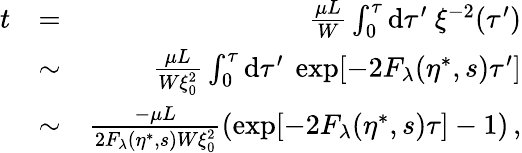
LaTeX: \begin{array}{rlr}{t}&{=}&{\frac{\mu L}{W}\int_{0}^{\tau}\mathrm{d}\tau^{\prime}\ \xi^{-2}(\tau^{\prime})}\\ &{\sim}&{\frac{\mu L}{W\xi_{0}^{2}}\int_{0}^{\tau}\mathrm{d}\tau^{\prime}\ \exp[-2F_{\lambda}(\eta^{\ast},s)\tau^{\prime}]}\\ &{\sim}&{\frac{-\mu L}{2F_{\lambda}(\eta^{\ast},s)W\xi_{0}^{2}}\left(\exp[-2F_{\lambda}(\eta^{\ast},s)\tau]-1\right)\, ,}\end{array}